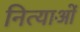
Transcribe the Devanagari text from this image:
नित्याओं